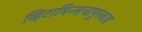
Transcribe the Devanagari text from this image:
व्हिटामिन्सचापुरवठा